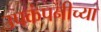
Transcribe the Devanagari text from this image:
उपकंपनीच्या